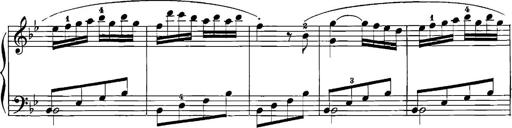
Title: 12 Sonatinas
Composer: Ignaz Pleyel